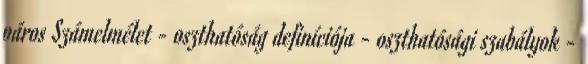
páros Számelmélet - oszthatóság definíciója - oszthatósági szabályok -